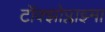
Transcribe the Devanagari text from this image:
टॉक्झोप्लाझ्मा